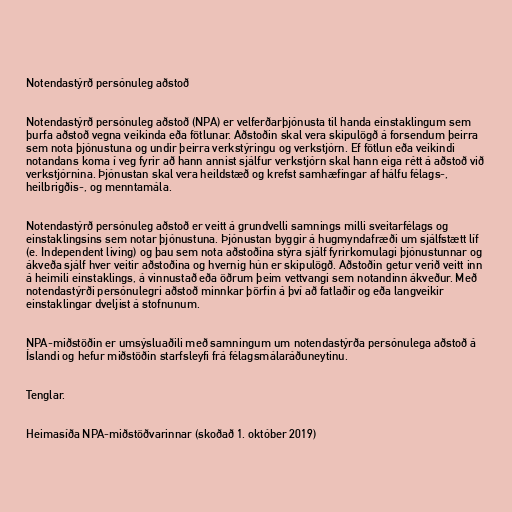
Notendastýrð persónuleg aðstoð

Notendastýrð persónuleg aðstoð (NPA) er velferðarþjónusta til handa einstaklingum sem
þurfa aðstoð vegna veikinda eða fötlunar. Aðstoðin skal vera skipulögð á forsendum þeirra
sem nota þjónustuna og undir þeirra verkstýringu og verkstjórn. Ef fötlun eða veikindi
notandans koma í veg fyrir að hann annist sjálfur verkstjórn skal hann eiga rétt á aðstoð við
verkstjórnina. Þjónustan skal vera heildstæð og krefst samhæfingar af hálfu félags-,
heilbrigðis-, og menntamála.

Notendastýrð persónuleg aðstoð er veitt á grundvelli samnings milli sveitarfélags og
einstaklingsins sem notar þjónustuna. Þjónustan byggir á hugmyndafræði um sjálfstætt líf
(e. Independent living) og þau sem nota aðstoðina stýra sjálf fyrirkomulagi þjónustunnar og
ákveða sjálf hver veitir aðstoðina og hvernig hún er skipulögð. Aðstoðin getur verið veitt inn
á heimili einstaklings, á vinnustað eða öðrum þeim vettvangi sem notandinn ákveður. Með
notendastýrði persónulegri aðstoð minnkar þörfin á því að fatlaðir og eða langveikir
einstaklingar dveljist á stofnunum.

NPA-miðstöðin er umsýsluaðili með samningum um notendastýrða persónulega aðstoð á
Íslandi og hefur miðstöðin starfsleyfi frá félagsmálaráðuneytinu.

Tenglar.

Heimasíða NPA-miðstöðvarinnar (skoðað 1. október 2019)